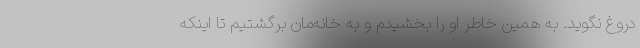
دروغ نگوید. به همین خاطر او را بخشیدم و به خانه‌مان برگشتیم تا اینکه